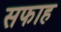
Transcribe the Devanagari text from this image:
सफाह